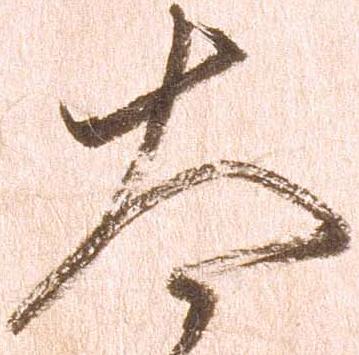
太